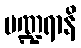
ပဏ္ဍရာနိ